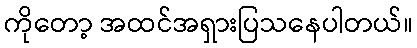
ကိုတော့ အထင်အရှားပြသနေပါတယ်။